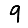
Digit: 9